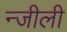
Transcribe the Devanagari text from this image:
न्जीली